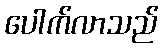
ပေါက်လာသည်